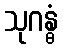
သုဂန္ဓံ